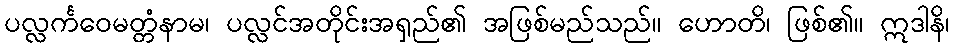
ပလ္လင်္ကဝေမတ္တံနာမ၊ ပလ္လင်အတိုင်းအရှည်၏ အဖြစ်မည်သည်။ ဟောတိ၊ ဖြစ်၏။ ဣဒါနိ၊